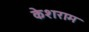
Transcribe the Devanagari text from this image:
केशराम